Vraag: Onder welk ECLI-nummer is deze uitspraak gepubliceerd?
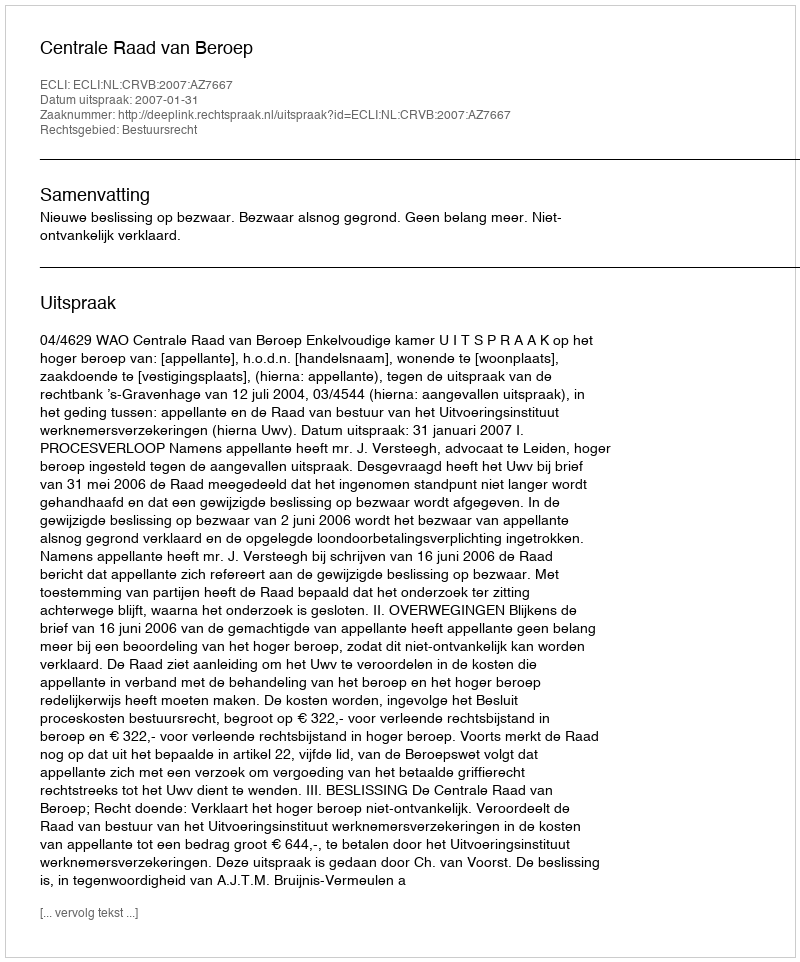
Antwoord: ECLI:NL:CRVB:2007:AZ7667